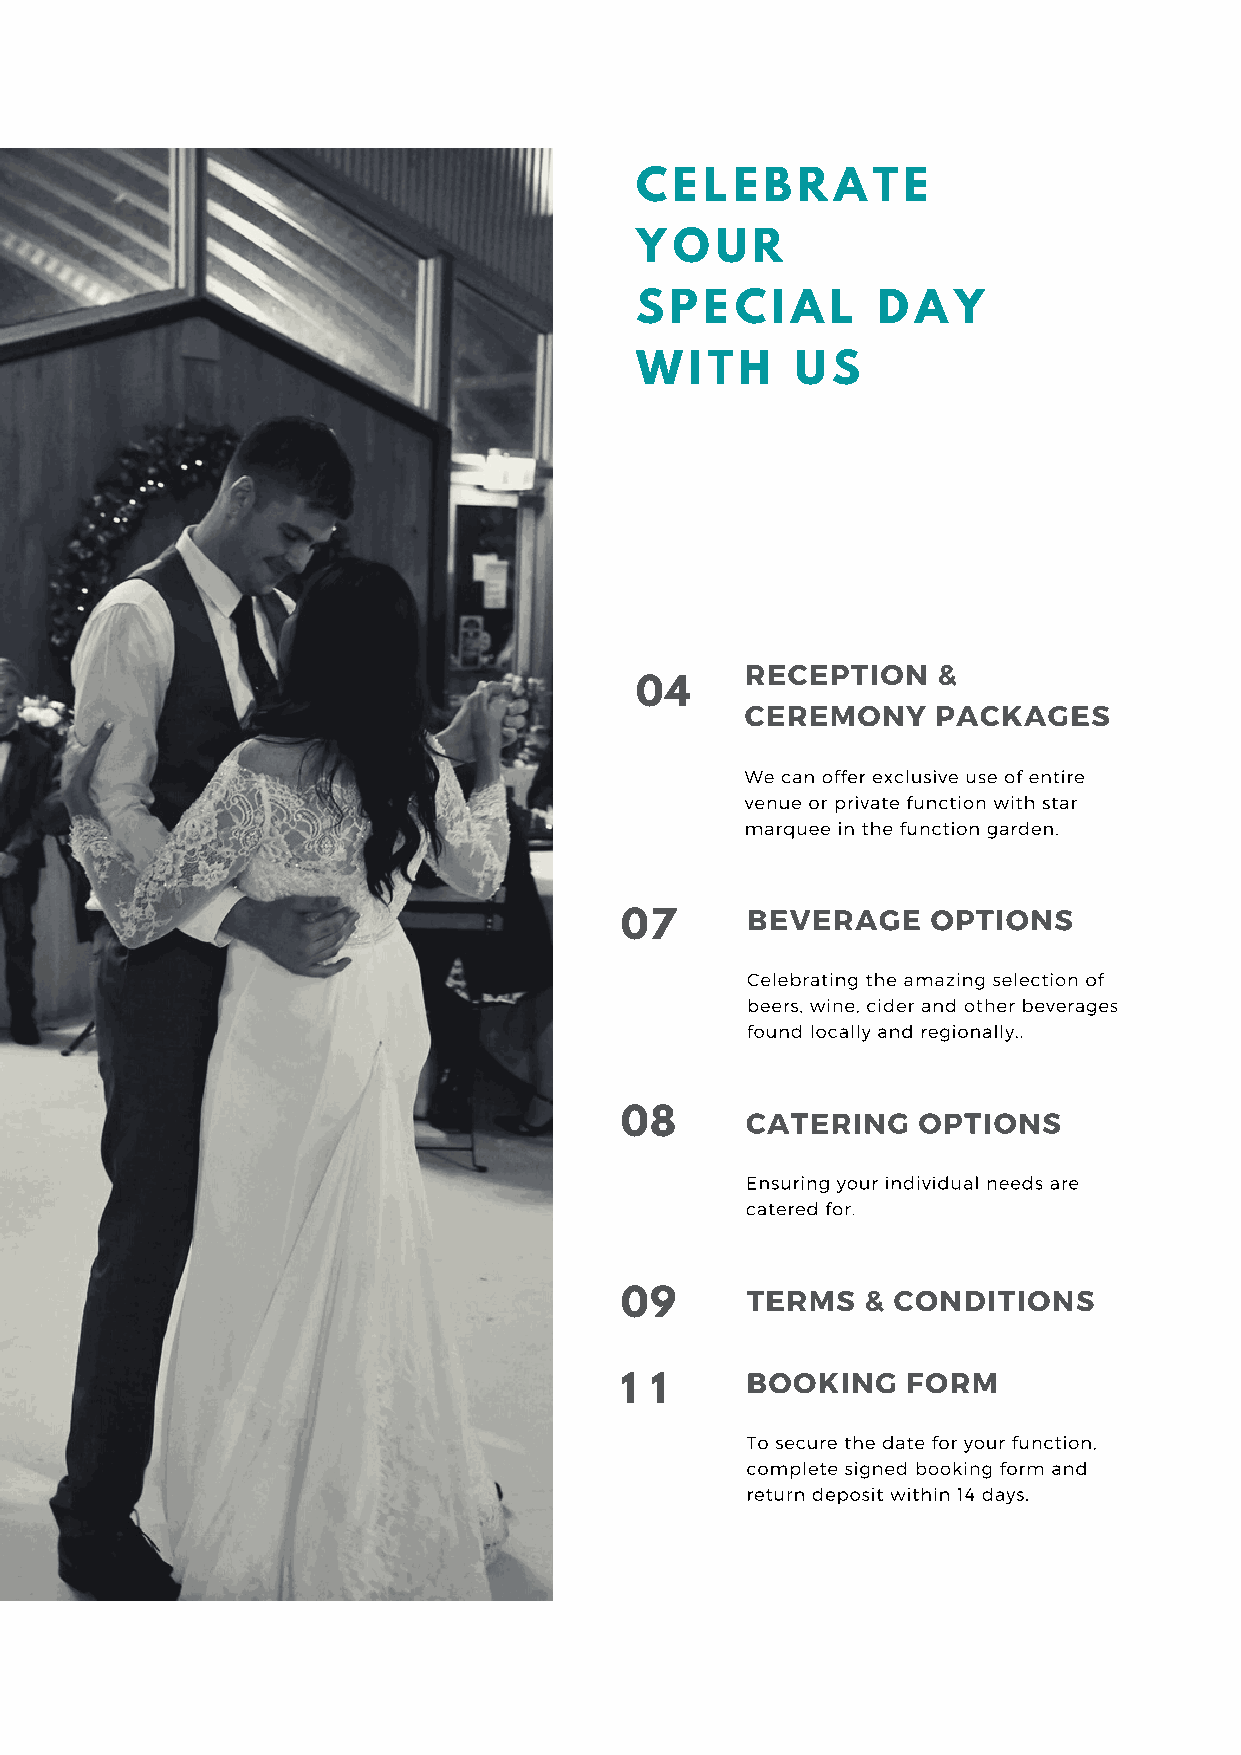
C  E L E B R A  T E
 Y  OU   R
 S P  E C I A L  D  A Y
 WI   T H   U S
 RECEPTION    &
 04
 CEREMONY     PACKAGES
 We can offer exclusive use of entire
 venue or private function with star
 marquee in the function garden.
 BEVERAGE     OPTIONS
 07
 Celebrating the amazing selection of
 beers, wine, cider and other beverages
 found locally and regionally..
 08      CATERING    OPTIONS
 Ensuring your individual needs are
 catered for.
 TERMS   & CONDITIONS
 09
 BOOKING    FORM
 1 1
 To secure the date for your function,
 complete signed booking form and
 return deposit within 14 days.